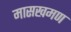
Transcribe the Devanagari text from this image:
मासखमण